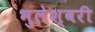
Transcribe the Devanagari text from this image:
भुलेश्वरी